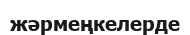
жәрмеңкелерде